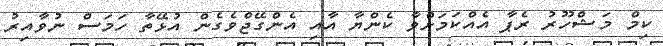
ކިމް މަޝްހޫރު ރެޕާ އެއްކަމަށްވާ ކެންޔާ އާއި އެންގޭޖްވެގެން އުޅޭތާ ހަމަސް ނުވާއިރު